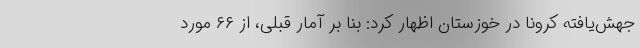
جهش‌یافته کرونا در خوزستان اظهار کرد: بنا بر آمار قبلی، از ۶۶ مورد